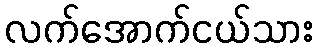
လက်အောက်ငယ်သား